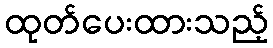
ထုတ်ပေးထားသည့်